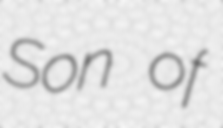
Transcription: Son of